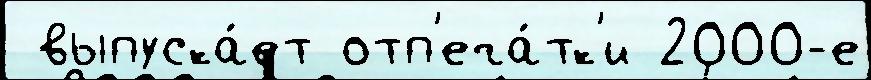
 выпуска́ет отп'еча́тк'и 2000-е